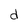
Character: d